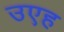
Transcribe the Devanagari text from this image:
उएह